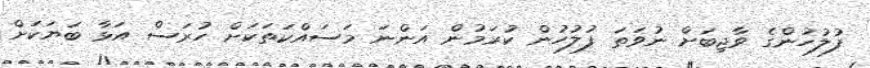
ފުލުހުންގެ ވާޖިބަށް ނުވަތަ ފުލުހުން ކުރަމުން އަންނަ މަސައްކަތަކަށް ހުރަސް އަޅާ ބަޔަކަށް